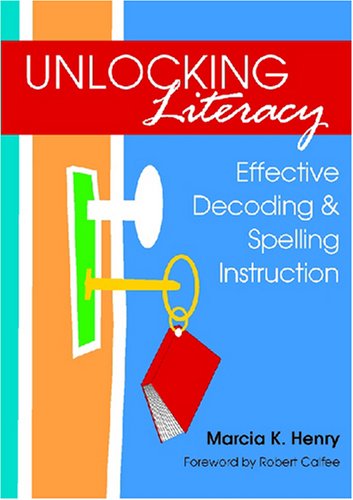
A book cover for Unlocking Literacy: Effective Decoding & Spelling Instruction; Marcia K.; Reference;